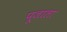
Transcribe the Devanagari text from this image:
पूजाला